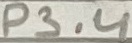
Text: P3.4